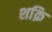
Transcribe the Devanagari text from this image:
शक्रि